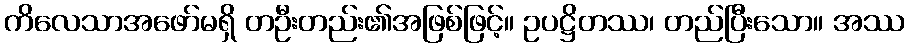
ကိလေသာအဖော်မရှိ တဦးတည်း၏အဖြစ်ဖြင့်။ ဥပဋ္ဌိတဿ၊ တည်ပြီးသော။ အဿ